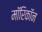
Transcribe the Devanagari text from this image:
माॅरिकाॅन